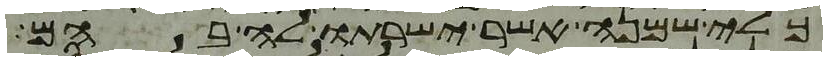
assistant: כלי שמנה אשר ישרתו לה בהם